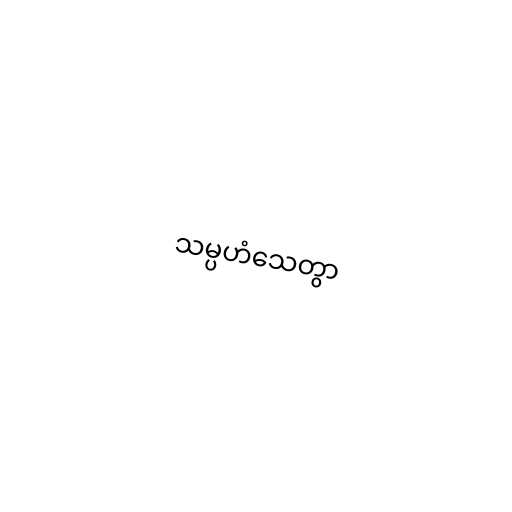
သမ္ပဟံသေတွာ